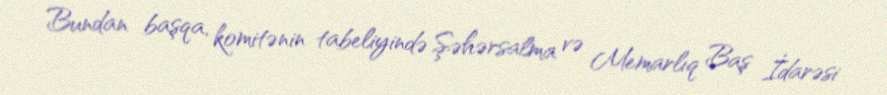
Bundan başqa, komitənin tabeliyində Şəhərsalma və Memarlıq Baş İdarəsi